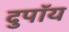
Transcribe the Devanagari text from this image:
दुपॉय